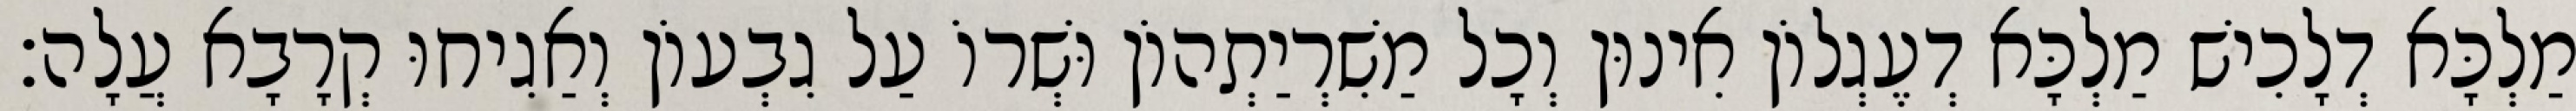
מַלְכָּא דְלָכִישׁ מַלְכָּא דְעֶגְלוֹן אִינוּן וְכָל מַשִׁרְיַתְהוֹן וּשְׁרוֹ עַל גִבְעוֹן וְאַגִיחוּ קְרָבָא עֲלָה׃